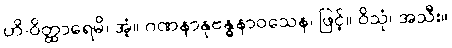
ဟိ-ဝိတ္ထာရေမိ၊ အံ့။ ဂဏနာနုဗန္ဓနာဝသေန၊ ဖြင့်။ ဝိသုံ၊ အသီး။